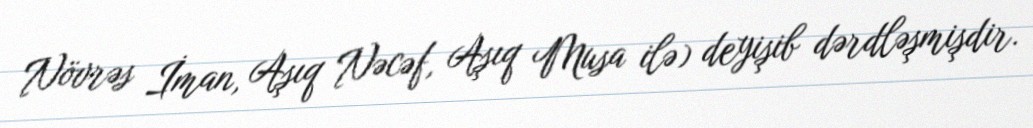
Növrəs İman, Aşıq Nəcəf, Aşıq Musa ilə) deyişib dərdləşmişdir.